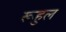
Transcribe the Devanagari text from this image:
रूहुल